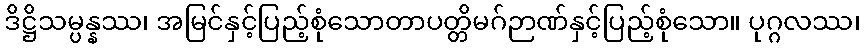
ဒိဋ္ဌိသမ္ပန္နဿ၊ အမြင်နှင့်ပြည့်စုံသောတာပတ္တိမဂ်ဉာဏ်နှင့်ပြည့်စုံသော။ ပုဂ္ဂလဿ၊